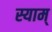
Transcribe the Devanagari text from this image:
स्याम्